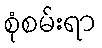
စုံစမ်းရာ